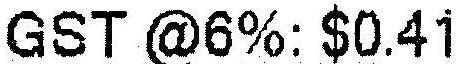
GST @6%: $0.41